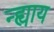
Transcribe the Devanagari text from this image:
न्ह्याय